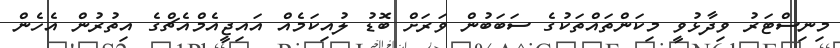
މިނިސްޓަރު ވިދާޅުވީ މިކަންތައްތަކުގެ ސަބަބުން ވަރަށް ބޮޑު ލުއިކަމެއް އައިޖީއެމްއެޗްގެ އިތުރުން އެހެން